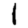
Digit: 1